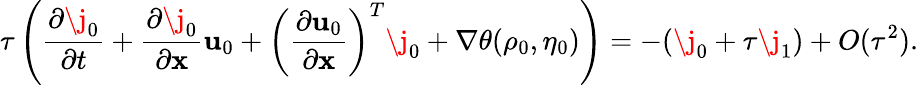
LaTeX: \tau\left(\frac{\partial\j_{0}}{\partial t}+\frac{\partial\j_{0}}{\partial\mathbf{x}}\mathbf{u}_{0}+\left(\frac{\partial\mathbf{u}_{0}}{\partial\mathbf{x}}\right)^{T}\j_{0}+\nabla\theta(\rho_{0},\eta_{0})\right)=-(\j_{0}+\tau\j_{1})+O(\tau^{2}).